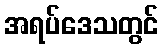
အရပ်ဒေသတွင်